Jarvakandi_vallavalitsus, lk 76
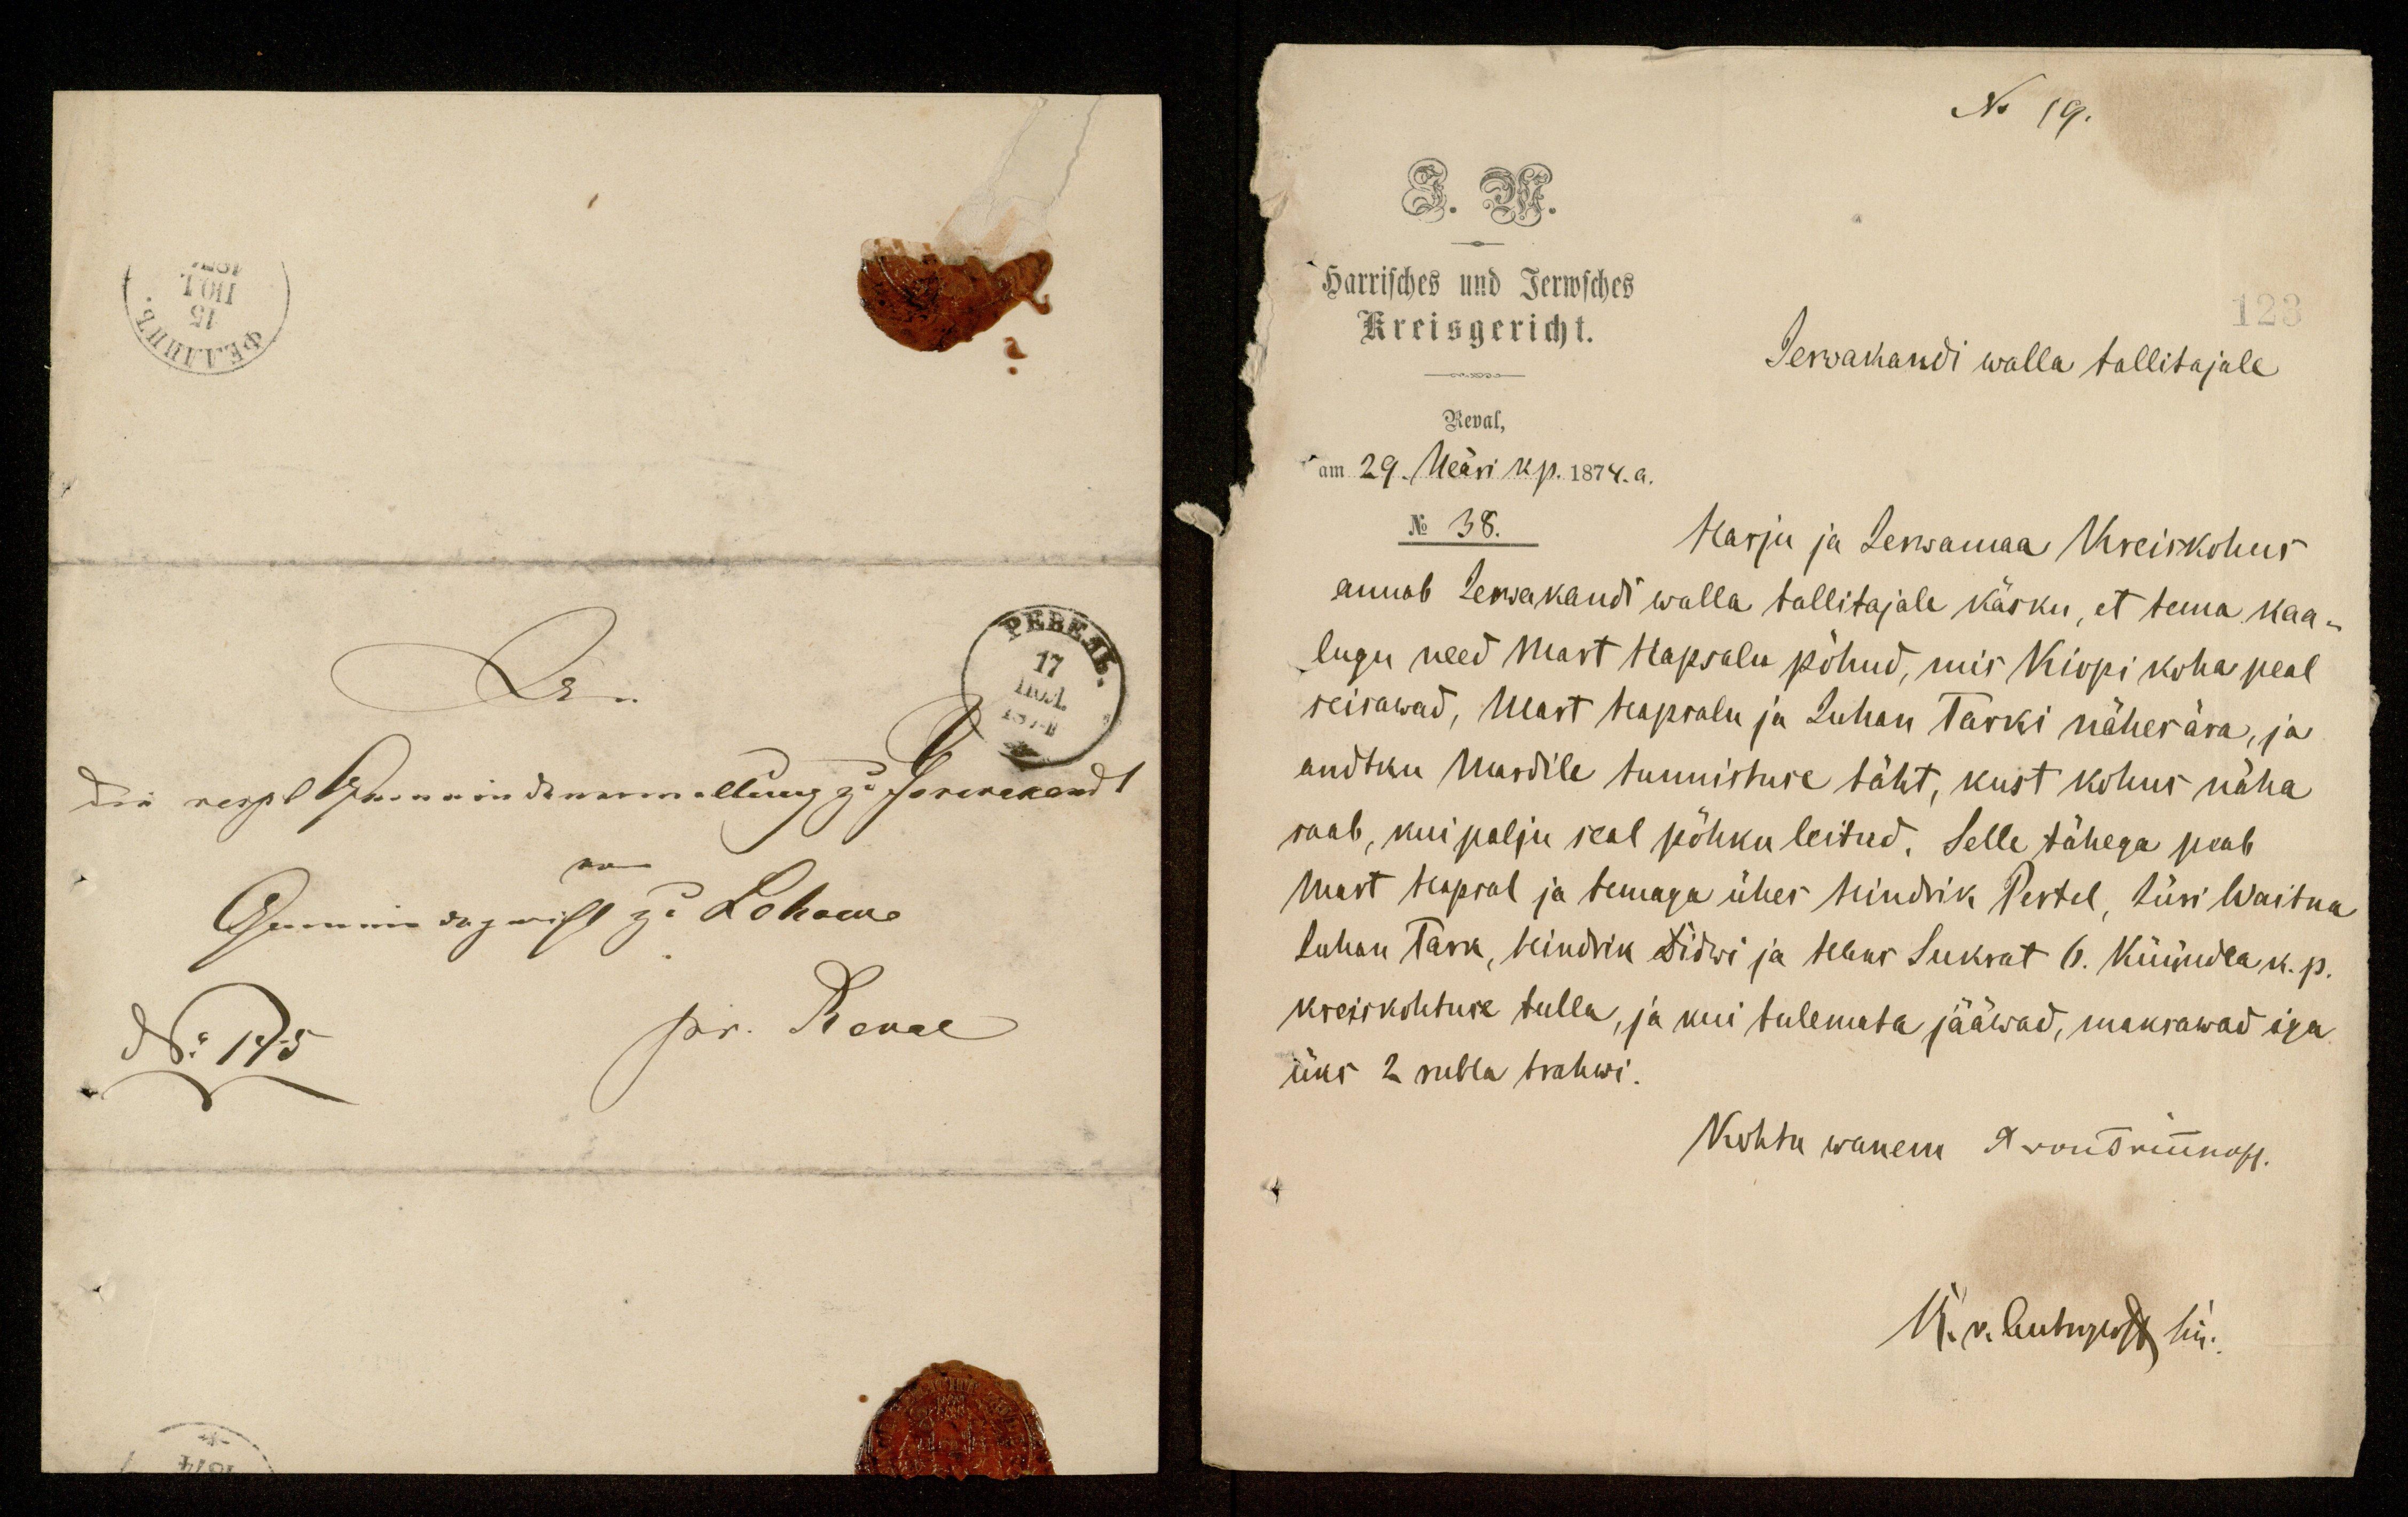
N. 19.
Harrisches und Jerwsches
Kreisgericht.
123
Jerwakandi walla tallitajale
Reval,
am 29. Neäri k. p. 1874. a.
No 38.
Harju ja Jerwamaa Kreiskohus
annab Jerwakandi walla tallitajale käsku, et tema kaa-
lugu need Mart Hapsalu põhud, mis Kirpi koha peal
seisawad, Mart Hapsalu ja Juhan Tarki nähes ära, ja
andtku Mardile tunnistuse täht, kust kohus näha
saab, kui palju seal põhku leitud. Selle tähega peab
Mart Hapsal ja temaga ühes Hindrik Pertel, Jüri Waitna
Juhan Tark, Hindrik Didwi ja Hans Sukrat 6. Küündla k. p.
kreiskohtuse tulla, ja kui tulemata jääwad, maksawad iga
üks 2 rubla trahwi.
Kohtu wanem A. rondruunoff.
K. v. ludusest hü.